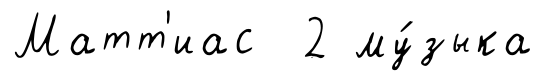
Матт'иас 2 му́зыка